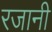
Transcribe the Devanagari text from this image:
रजानी